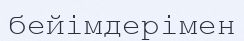
бейімдерімен